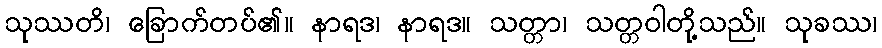
သုဿတိ၊ ခြောက်တပ်၏။ နာရဒ၊ နာရဒ။ သတ္တာ၊ သတ္တဝါတို့သည်။ သုခဿ၊